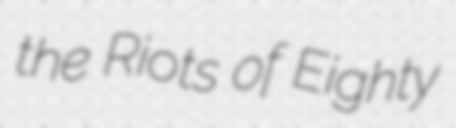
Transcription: the Riots of Eighty